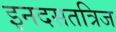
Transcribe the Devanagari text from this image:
इनदसतत्रिज